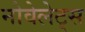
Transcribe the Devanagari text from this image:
नोवेलेट्स